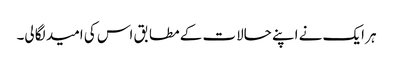
ہر ایک نے اپنے حالات کے مطابق اس کی امید لگا لی۔